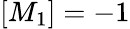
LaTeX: [M_{1}]=-1